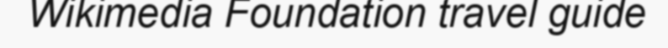
Wikimedia Foundation travel guide